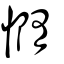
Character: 憜